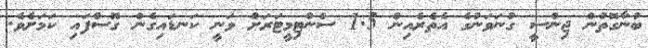
ބުނާގޮތުން ޖިންސީ ގުނަވަނުގެ އެތެރެއިން 1.5 ސެންޓިމީޓަރަށް ވަނީ ކަނޑައިގެން ގޮސްފައި ކަމަށެވެ.